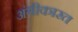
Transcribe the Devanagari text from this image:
अंगीकारत